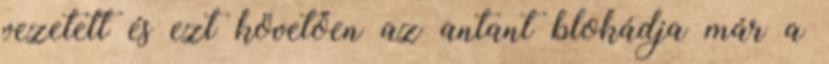
vezetett és ezt követően az antant blokádja már a